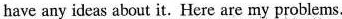
have any ideas about it. Here are my problems.